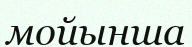
мойынша